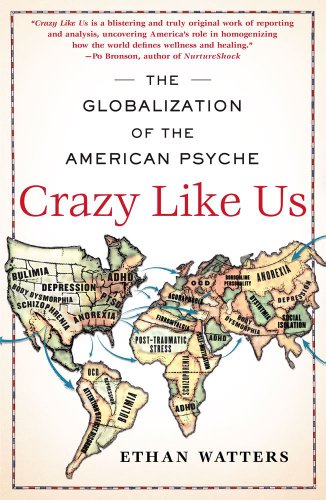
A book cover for Crazy Like Us: The Globalization of the American Psyche; Ethan Watters; Medical Books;